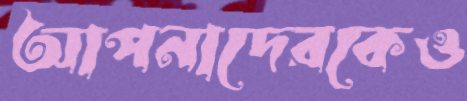
আপনাদেরকেও